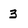
Character: 3